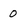
Character: 0